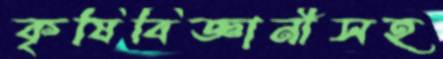
কৃষিবিজ্ঞানীসহ